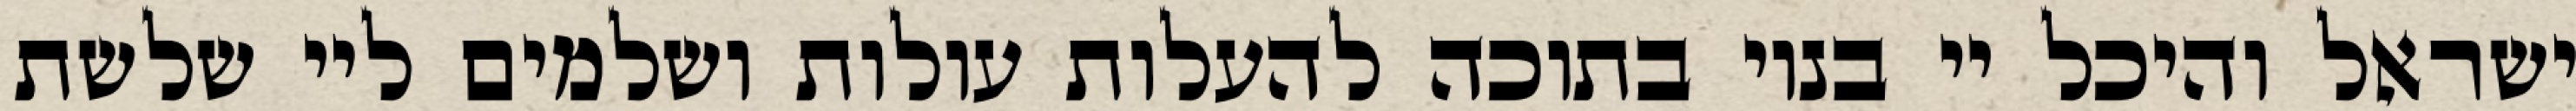
ישראל והיכל יי בנוי בתוכה להעלות עולות ושלמים ליי שלשת